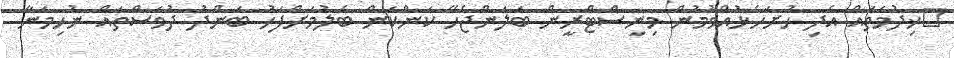
ޚިދުމަތައް އެދި ހުށަހެޅުއްވުމުން މިނިސްޓްރީން ބަލަންޖެހޭ ކަންކަން ބެލުމަށްފަހު ބަންދު ދުވަސްތައް ނުހިމަނާ